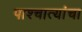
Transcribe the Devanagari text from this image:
पाश्चात्यांचा